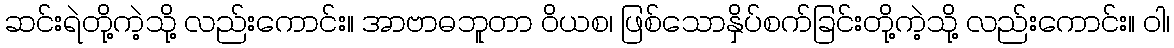
ဆင်းရဲတို့ကဲ့သို့ လည်းကောင်း။ အာဗာဓဘူတာ ဝိယစ၊ ဖြစ်သောနှိပ်စက်ခြင်းတို့ကဲ့သို့ လည်းကောင်း။ ဝါ၊